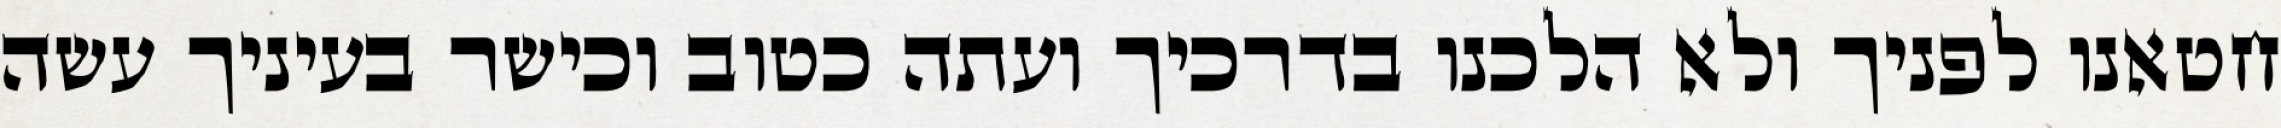
חטאנו לפניך ולא הלכנו בדרכיך ועתה כטוב וכישר בעיניך עשה